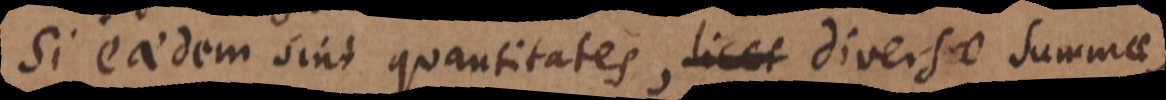
Si eaedem sint quantitates, diversae summae,